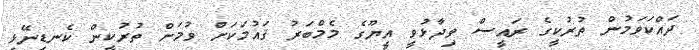
ދައްކަވަމުން ތުރުކީގެ ރައީސް ވިދާޅުވީ އީޔޫގެ މެމްބަރު ޤައުމަކަށް ވުމަށް ތުރުކީން ކެނޑިނޭޅި